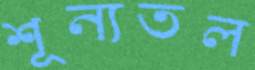
শূন্যতল